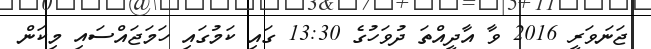
ޖަނަވަރީ 2016 ވާ އާދީއްތަ ދުވަހުގެ 13:30 ގައި ކަމުގައި ހަމަޖައްސައި މިކަން